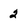
Character: 2